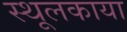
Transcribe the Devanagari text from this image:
स्थूलकाया